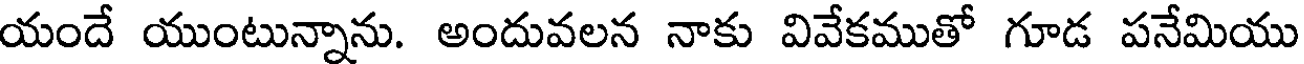
యందే యుంటున్నాను. అందువలన నాకు వివేకముతో గూడ పనేమియు